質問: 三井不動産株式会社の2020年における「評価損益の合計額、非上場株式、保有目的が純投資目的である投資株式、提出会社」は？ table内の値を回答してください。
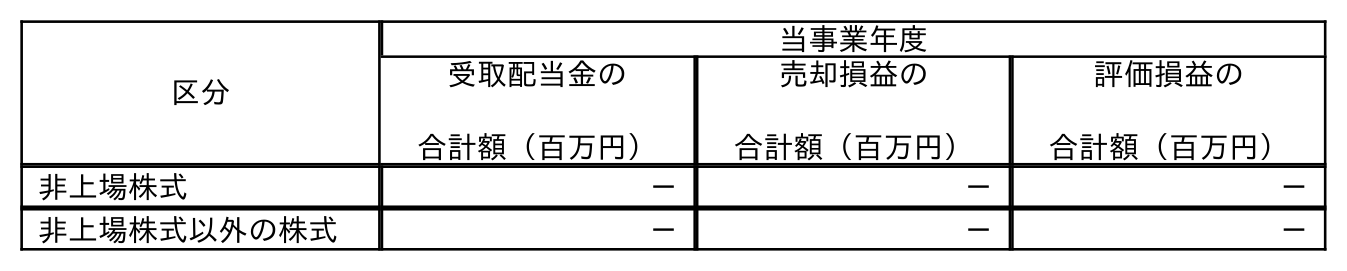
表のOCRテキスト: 区分 当事業年度 受取配当金の 合計額（百万円） 売却損益の 合計額（百万円） 評価損益の 合計額（百万円） 非上場株式 － － － 非上場株式以外の株式 － － －
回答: －